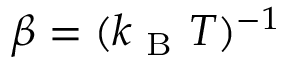
\beta = ( k _ { \mathrm { ~ B ~ } } T ) ^ { - 1 }